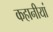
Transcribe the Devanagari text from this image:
कहानीयां